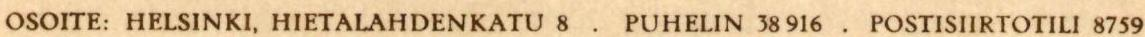
OSOITE: HELSINKI, HIETALAHDENKATU 8 . PUHELIN 38 916 . POSTISIIRTOTILI 8759